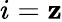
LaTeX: i=\mathbf{z}